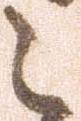
之